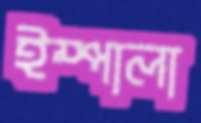
ইম্পালা